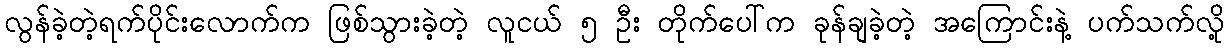
လွန်ခဲ့တဲ့ရက်ပိုင်းလောက်က ဖြစ်သွားခဲ့တဲ့ လူငယ် ၅ ဦး တိုက်ပေါ်က ခုန်ချခဲ့တဲ့ အကြောင်းနဲ့ ပက်သက်လို့